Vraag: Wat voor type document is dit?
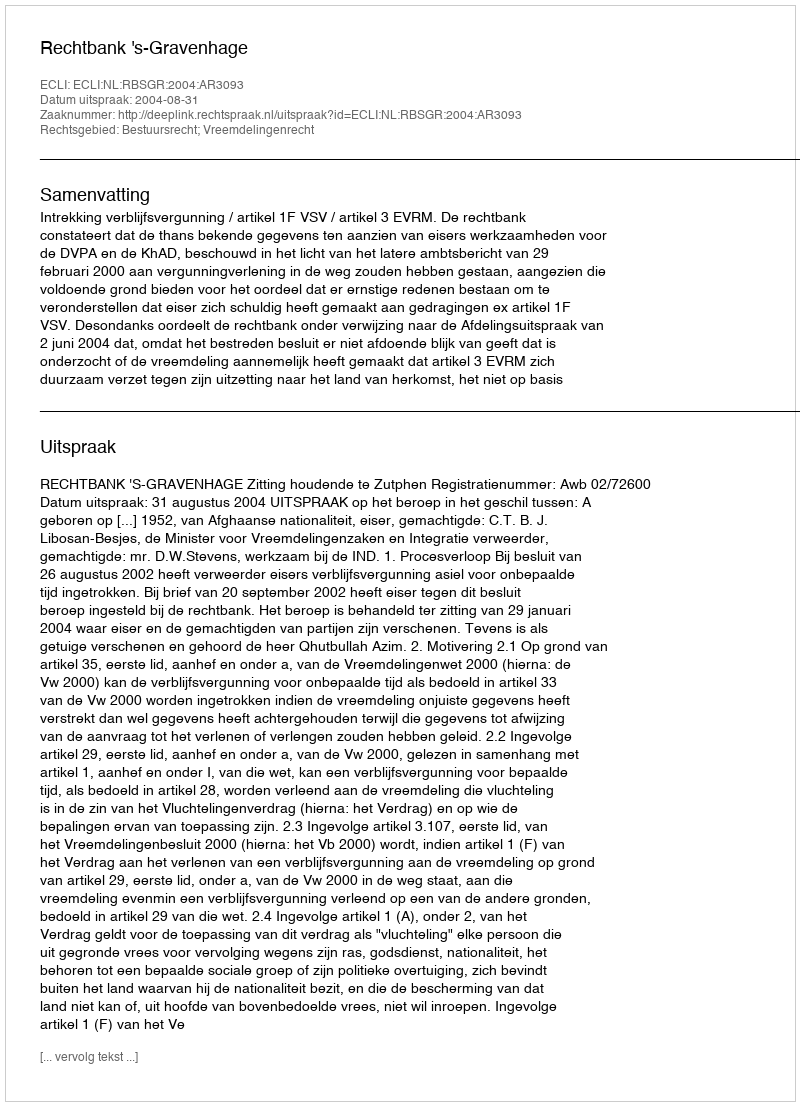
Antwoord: Uitspraak